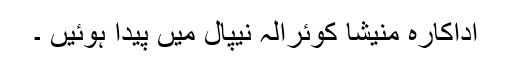
اداکارہ منیشا کوئرالہ نیپال میں پیدا ہوئیں ۔